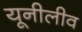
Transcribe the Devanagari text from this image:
यूनीलीव